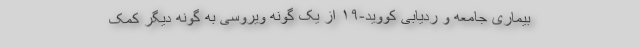
بیماری جامعه و ردیابی کووید-۱۹ از یک گونه ویروسی به گونه دیگر کمک